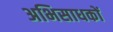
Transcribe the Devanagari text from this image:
अभिसाधकों